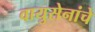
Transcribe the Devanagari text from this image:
वायुसेनांचे